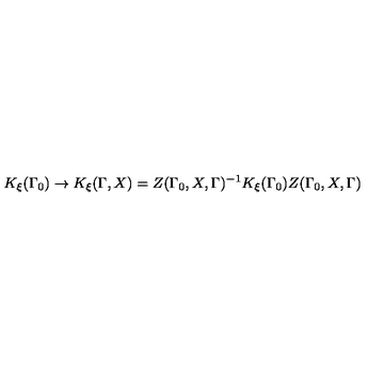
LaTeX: K _ { \xi } ( \Gamma _ { 0 } ) \rightarrow K _ { \xi } ( \Gamma , X ) = Z ( \Gamma _ { 0 } , X , \Gamma ) ^ { - 1 } K _ { \xi } ( \Gamma _ { 0 } ) Z ( \Gamma _ { 0 } , X , \Gamma )